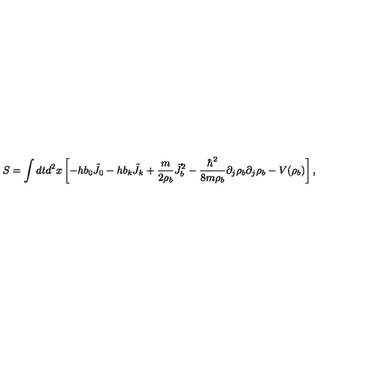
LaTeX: S = \int d t d ^ { 2 } x \left[ - h b _ { 0 } { \tilde { J } } _ { 0 } - h b _ { k } { \tilde { J } } _ { k } + \frac { m } { 2 \rho _ { b } } { \vec { J } } _ { b } ^ { 2 } - \frac { \hbar ^ { 2 } } { 8 m \rho _ { b } } \partial _ { j } \rho _ { b } \partial _ { j } \rho _ { b } - V ( \rho _ { b } ) \right] ,